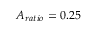
A _ { r a t i o } = 0 . 2 5